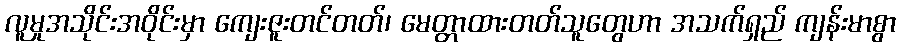
လူမှုအသိုင်းအဝိုင်းမှာ ကျေးဇူးတင်တတ်၊ မေတ္တာထားတတ်သူတွေဟာ အသက်ရှည် ကျန်းမာစွာ